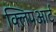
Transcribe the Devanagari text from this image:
क्लिपआर्ट